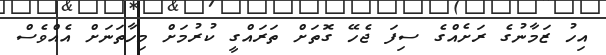
އިހު ޒަމާނުގެ ރަށެއްގެ ސިފަ ޖެހޭ ގޮތަށް ތަރައްގީ ކުރުމަށް މިހާތަނަށް އެއްވެސް